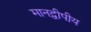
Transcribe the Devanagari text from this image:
मानद्वीपीय